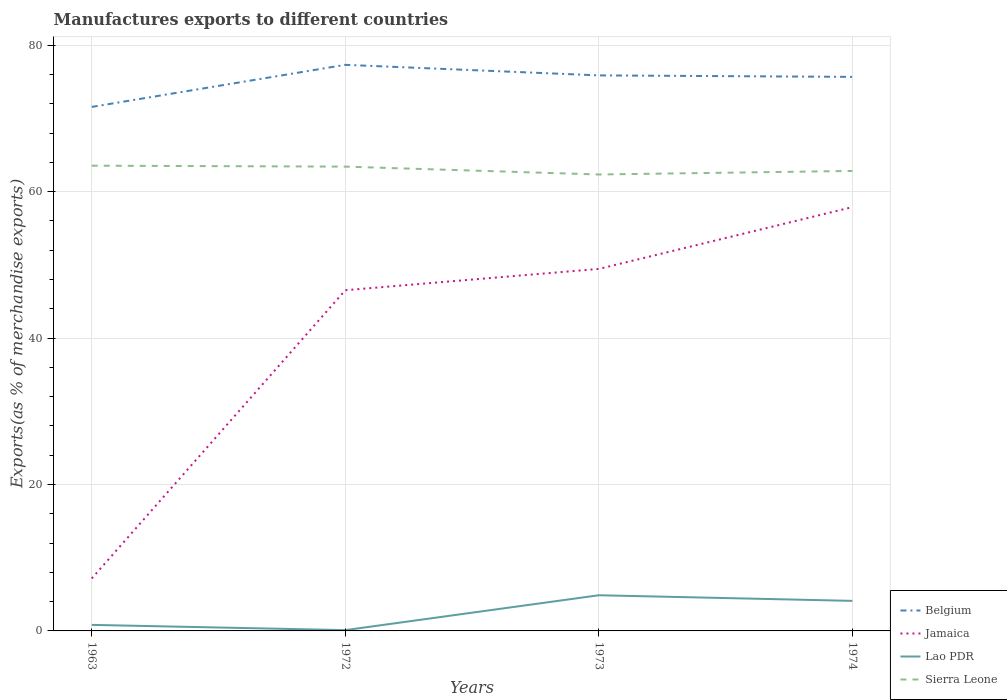
| Years | Belgium | Jamaica | Lao PDR | Sierra Leone |
 | --- | --- | --- | --- | --- |
 | 1963 | 71.6 | 7.16 | 0.826 | 63.5 |
 | 1972 | 77.3 | 46.5 | 0.109 | 63.4 |
 | 1973 | 75.9 | 49.4 | 4.87 | 62.3 |
 | 1974 | 75.7 | 57.9 | 4.1 | 62.8 |